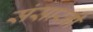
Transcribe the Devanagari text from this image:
संसारनी